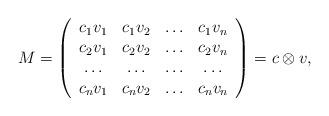
LaTeX: \begin{align*}M=\left(\begin{array}{cccc}c_1 v_1 & c_1 v_2 & \ldots & c_1 v_n \\c_2 v_1 & c_2 v_2 & \ldots & c_2 v_n \\ \ldots & \ldots & \ldots & \ldots \\c_n v_1 & c_n v_2 & \ldots & c_n v_n \\\end{array}\right) = c\otimes v,\end{align*}